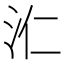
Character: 𣲚